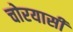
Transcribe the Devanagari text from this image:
चोरयासी